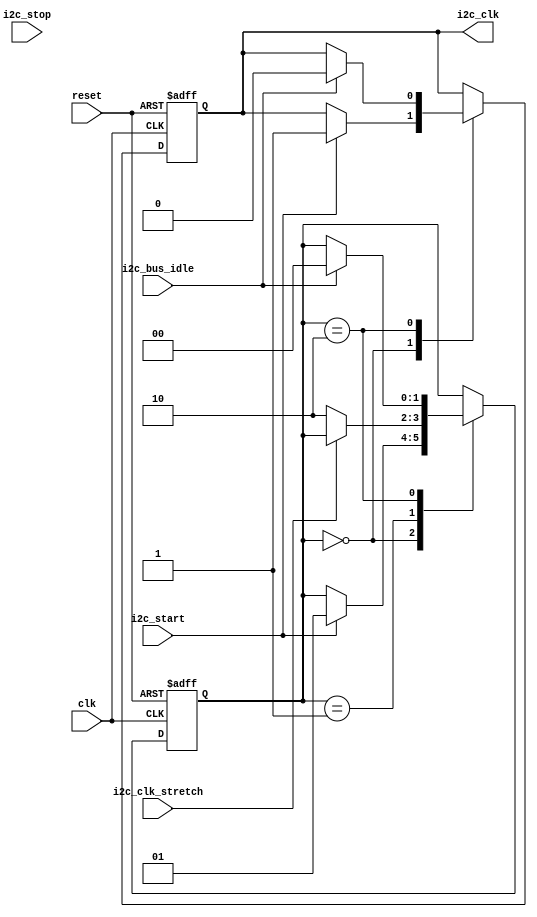
module i2c_timing_control_and_sync (
    input wire clk,
    input wire reset,
    input wire i2c_start,
    input wire i2c_stop,
    input wire i2c_clk_stretch,
    input wire i2c_bus_idle,
    output reg i2c_clk
);

// Internal state to control the clock signal
reg [1:0] state;

always @(posedge clk or posedge reset) begin
    if (reset) begin
        state <= 2'b00; // Initialize state
        i2c_clk <= 1'b0; // Initialize clock signal
    end else begin
        case (state)
            2'b00: begin // Idle state
                if (i2c_start) begin
                    state <= 2'b01; // Move to start condition state
                    i2c_clk <= 1'b1; // Generate clock signal
                end
            end
            2'b01: begin // Start condition state
                if (i2c_clk_stretch) begin
                    // Wait for clock stretching to finish
                end else begin
                    state <= 2'b10; // Move to data transfer state
                end
            end
            2'b10: begin // Data transfer state
                // Synchronize data transfer between master and slave devices
                if (i2c_bus_idle) begin
                    state <= 2'b00; // Move back to idle state
                    i2c_clk <= 1'b0; // Stop clock signal
                end
            end
        endcase
    end
end

endmodule